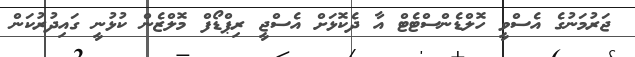
ޖަރުމަނުގެ އެސްވީ ހޮލްޑެންސްޓެޓް އާ ދެކޮޅަށް އެސްޖީ ރިޕްޑޯފް މޮލްޒެން ކުޅުނީ ގައިދުރުކަން